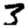
Digit: 3